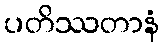
ပတိဿတာနံ